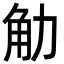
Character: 觔